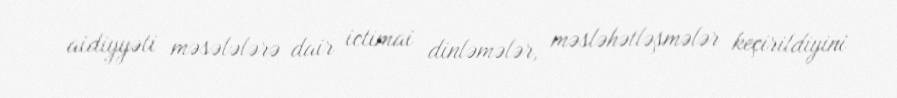
aidiyyəti məsələlərə dair ictimai dinləmələr, məsləhətləşmələr keçirildiyini